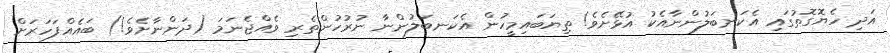
އަދި ހެޔޮގޮތުގައި އެކަނބަލުންނާއެކު އުޅޭށެވެ! ތިޔަބައިމީހުން އެކަނބަލުންނާ ނުރުހުންތެރި ވެއްޖެނަމަ (ދަންނާށެވެ!) ބައެއްފަހަރަށް